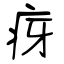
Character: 疨